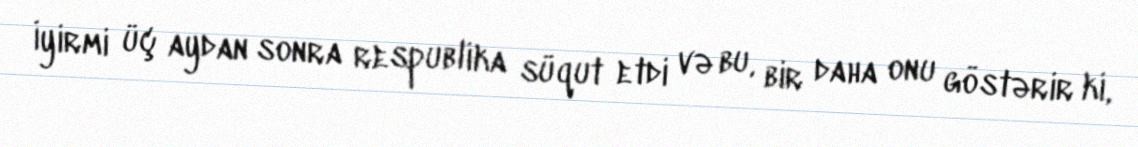
İyirmi üç aydan sonra respublika süqut etdi və bu, bir daha onu göstərir ki,